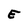
Character: E